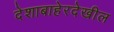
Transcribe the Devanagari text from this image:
देशाबाहेरदेखील